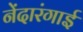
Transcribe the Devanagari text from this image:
नेंदारंगाई